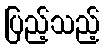
ပြည့်သည့်